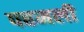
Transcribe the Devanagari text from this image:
पहमली